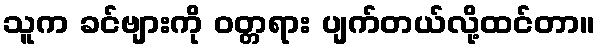
သူက ခင်ဗျားကို ဝတ္တရား ပျက်တယ်လို့ထင်တာ။